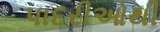
પાદરીઓથી